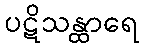
ပဋိသန္ထာရေ